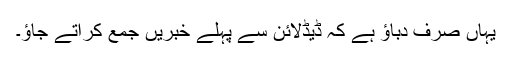
یہاں صرف دباؤ ہے کہ ڈیڈلائن سے پہلے خبریں جمع کراتے جاؤ۔